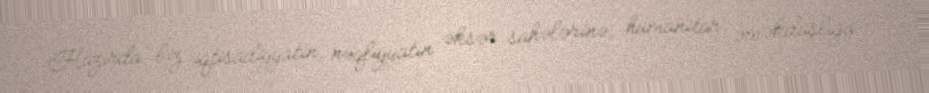
Hazırda biz iqtisadiyyatın, nəqliyyatın əksər sahələrinə, humanitar əməkdaşlığa